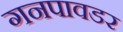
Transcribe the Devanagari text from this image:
गनपावडर